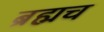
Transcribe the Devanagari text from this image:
ब्रह्मच